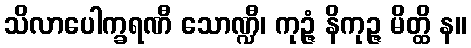
သိလာပေါက္ခရဏီ သောဏ္ဍီ၊ ကုဉ္ဇံ နိကုဉ္ဇ မိတ္ထိ န။